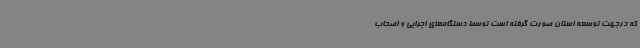
که درجهت توسعه استان صورت گرفته است توسط دستگاه‌های اجرایی و اصحاب